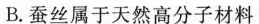
B.蚕丝属于天然高分子材料